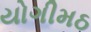
યોગીમઠ